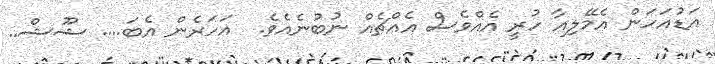
އަޑުއަހަން އެމޭލިއާ ހުރީ އެއްވެސް އެއްޗެއް ނުބުނެއެވެ.  އަހަރެން އެބަ.... ޝޫޝް..